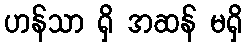
ဟန်သာ ရှိ အဆန် မရှိ